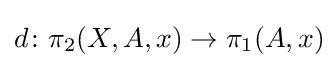
d\colon \pi _{2}(X,A,x)\rightarrow \pi _{1}(A,x)\!